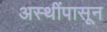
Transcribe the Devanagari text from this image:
अस्थींपासून